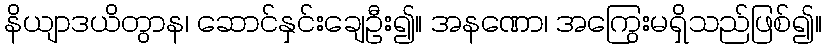
နိယျာဒယိတွာန၊ ဆောင်နှင်းချေဦး၍။ အနဏော၊ အကြွေးမရှိသည်ဖြစ်၍။